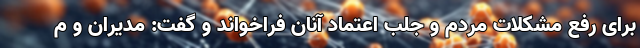
برای رفع مشکلات مردم و جلب اعتماد آنان فراخواند و گفت: مدیران و م